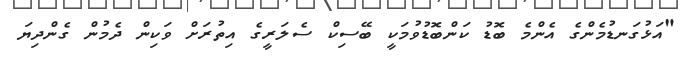
"އަޅުގަނޑުމެންގެ އެންމެ ބޮޑު ކަންބޮޑުވުމަކީ ބޭސިކް ސެލަރީގެ އިތުރަށް ވަކިން ދެމުން ގެންދިޔަ